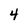
Character: 4